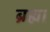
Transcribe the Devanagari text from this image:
ब्रह्म।